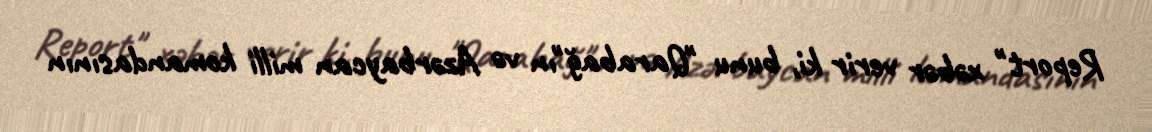
Report" xəbər verir ki, bunu "Qarabağ"ın və Azərbaycan milli komandasının